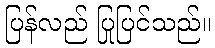
ပြန်လည် ပြုပြင်သည်။